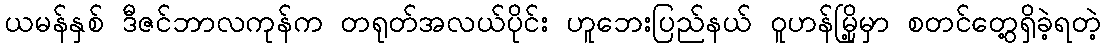
ယမန်နှစ် ဒီဇင်ဘာလကုန်က တရုတ်အလယ်ပိုင်း ဟူဘေးပြည်နယ် ဝူဟန်မြို့မှာ စတင်တွေ့ရှိခဲ့ရတဲ့